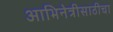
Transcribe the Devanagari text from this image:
आभिनेत्रीसाठीचा